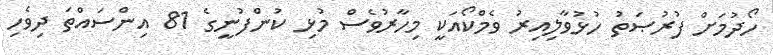
ހޯދުމަށް ފުރުޞަތު ހުޅުވާލިއިރު ވެމްކޯއަކީ މިހާރުވެސް މުޅި ކުންފުނީގެ 81 އިންސައްތަ ދިވެހި